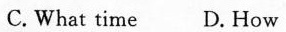
C.What time D.How